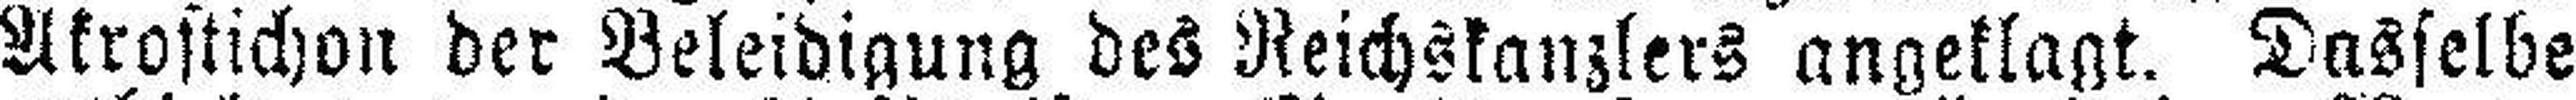
Akrostichon der Beleidigung des Reichskanzlers angeklagt. Dasselbe